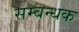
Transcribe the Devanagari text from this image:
सम्बन्धक